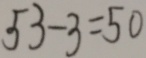
5 3 - 3 = 5 0